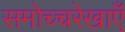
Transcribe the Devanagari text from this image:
समोच्चरेखाएँ